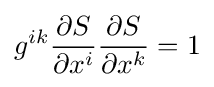
g^{ik}{\frac {\partial S}{\partial x^{i}}}{\frac {\partial S}{\partial x^{k}}}=1